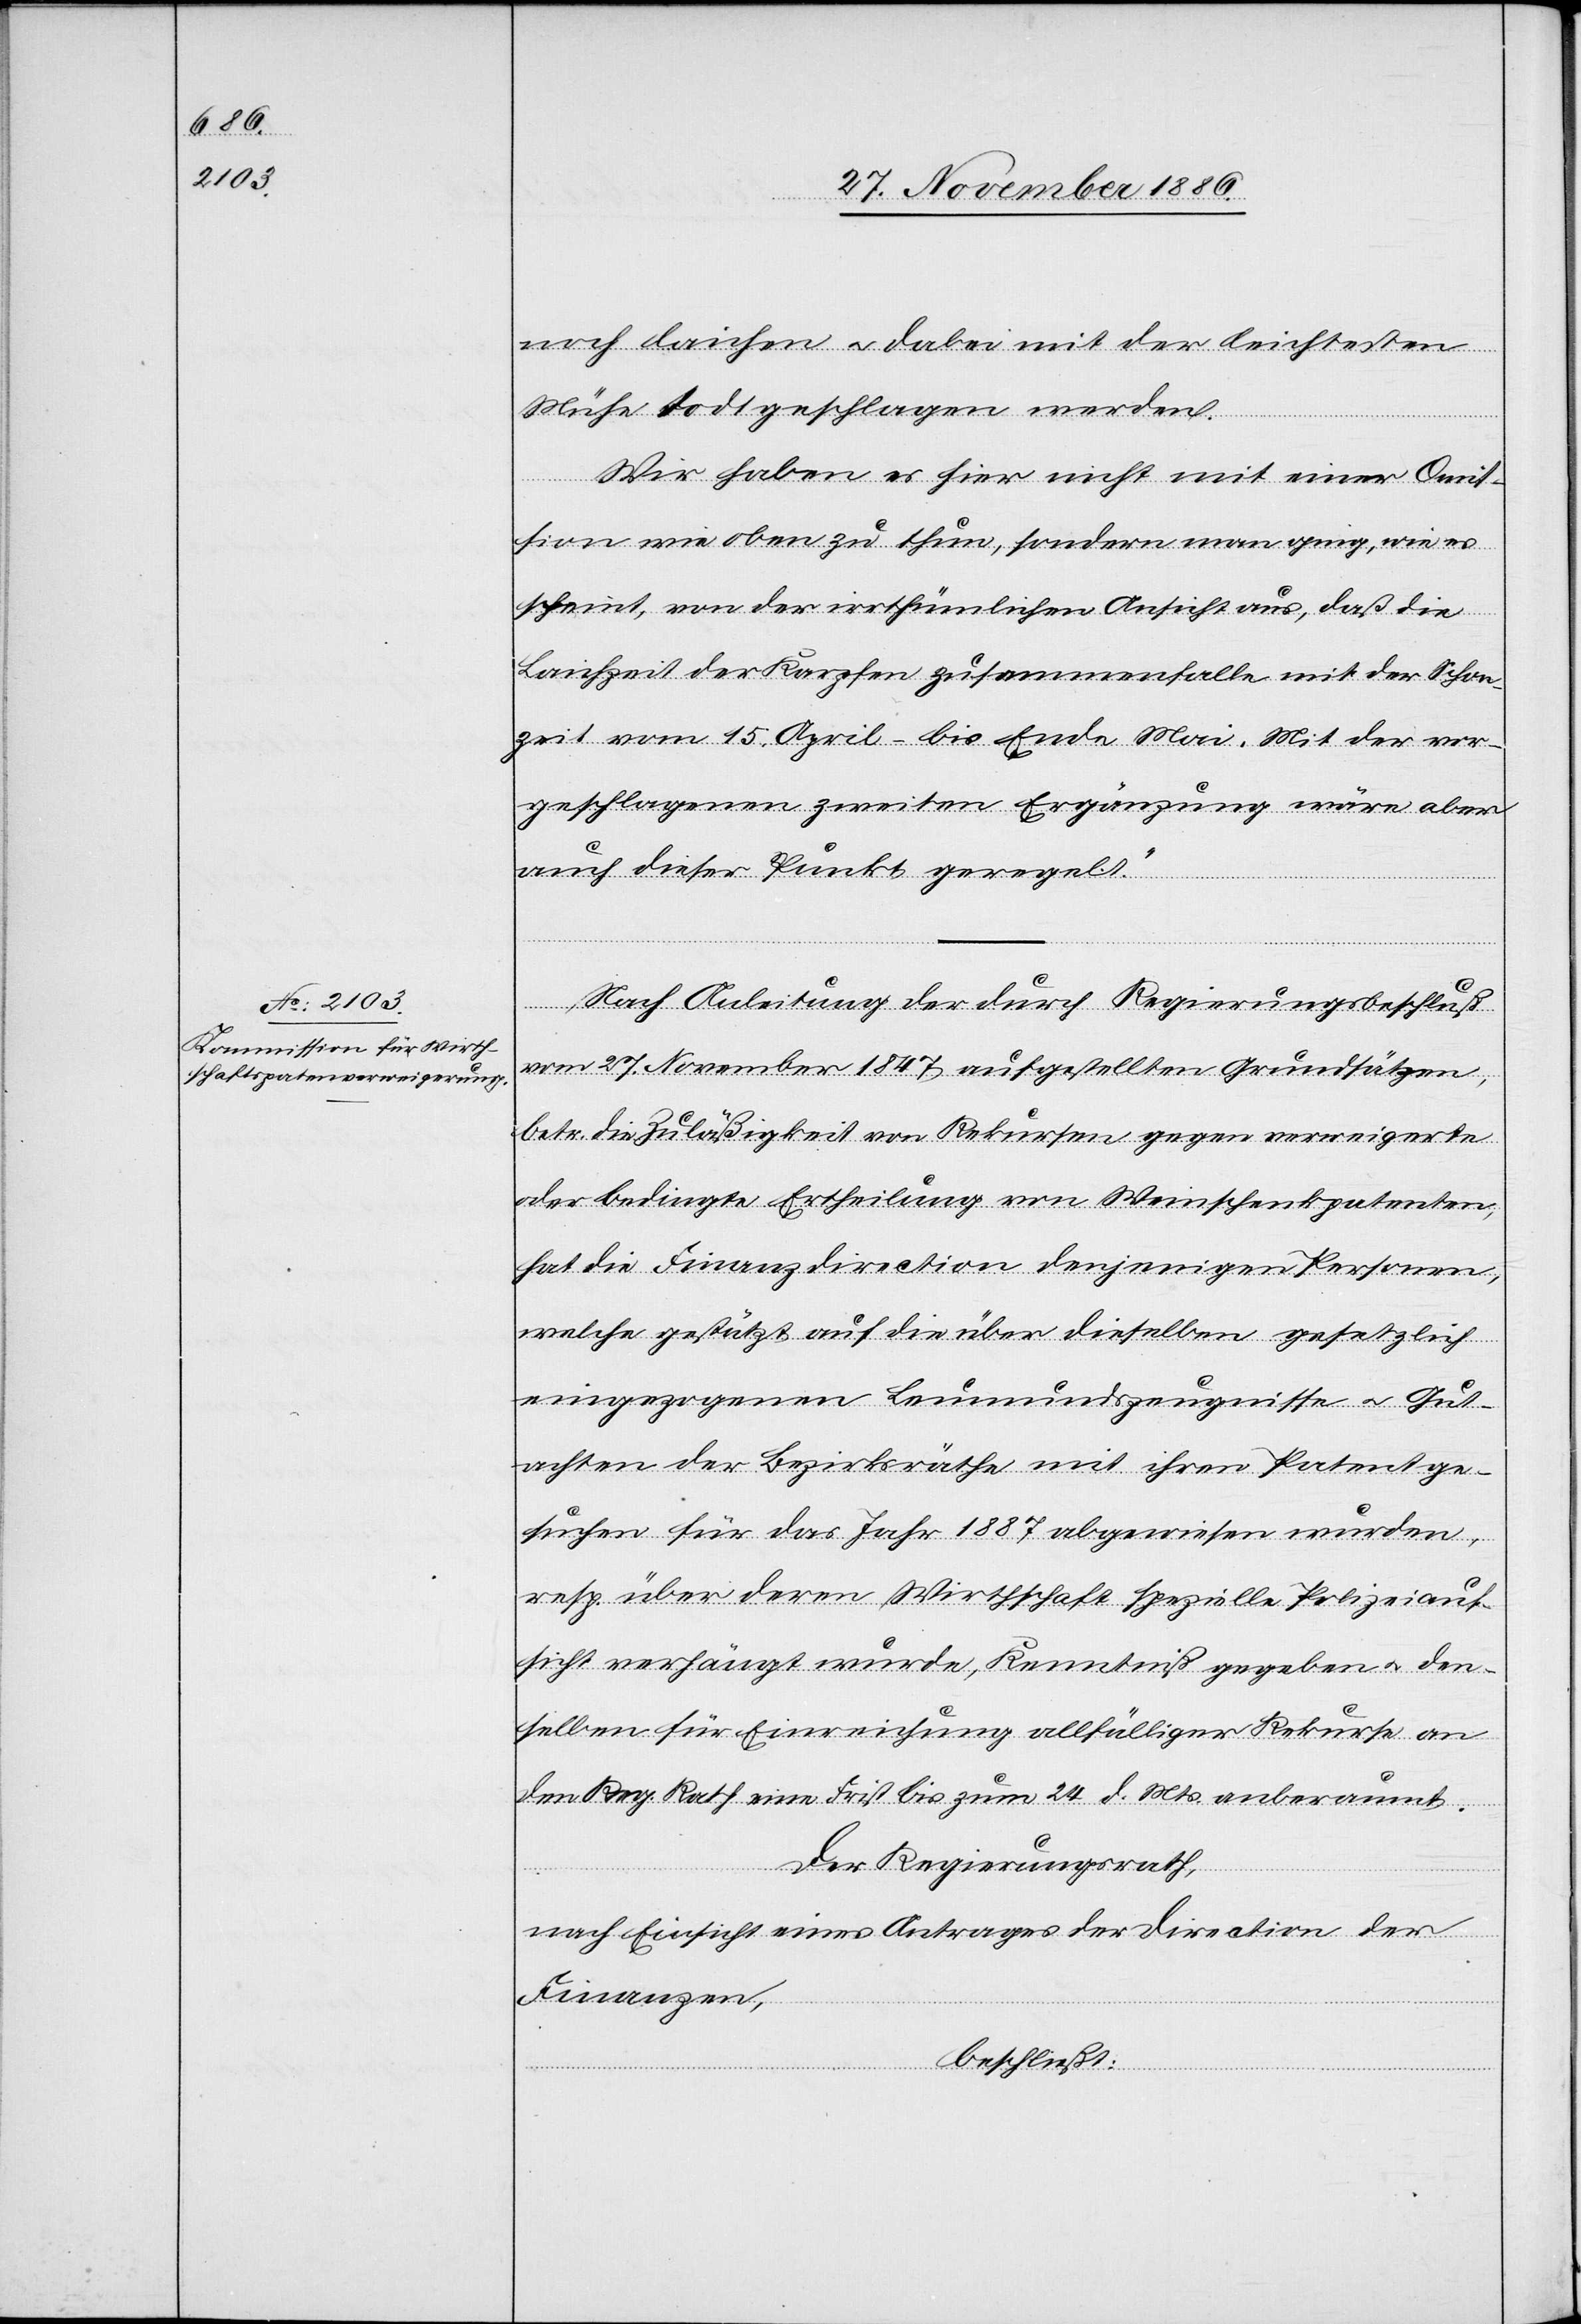
noch laichen & dabei mit der leichtesten
Mühe todtgeschlagen werden.
Wir haben es hier nicht mit einer Omis¬
sion wie oben zu thun, sondern man ging, wie es
scheint, von der irrthümlichen Ansicht aus, daß die
Laichzeit der Karpfen zusammenfalle mit der Schon¬
zeit vom 15. April – bis Ende Mai. Mit der vor¬
geschlagenen zweiten Ergänzung wäre aber
auch dieser Punkt geregelt.“
Nach Anleitung der durch Regierungsbeschluß
vom 27. November 1847 aufgestellten Grundsätzen
betr. die Zuläßigkeit von Rekursen gegen verweigerte
oder bedingte Ertheilung von Weinschenkpatenten,
hat die Finanzdirection denjenigen Personen,
welche gestützt auf die über dieselben gesetzlich
eingezogenen Leumundszeugnisse & Gut¬
achten der Bezirksräthe mit ihren Patentge¬
suchen für das Jahr 1887 abgewiesen wurden,
resp. über deren Wirthschaft spezielle Polizeiauf¬
sicht verhängt wurde, Kenntniß gegeben & den¬
selben für Einreichung allfälliger Rekurse an
den Reg. Rath eine Frist bis zum 24. d. Mts. anberaumt.
Der Regierungsrath,
nach Einsicht eines Antrages der Direction der
Finanzen,
beschließt: